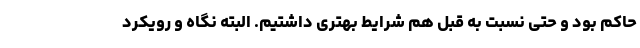
حاکم بود و حتی نسبت به قبل هم شرایط بهتری داشتیم. البته نگاه و رویکرد